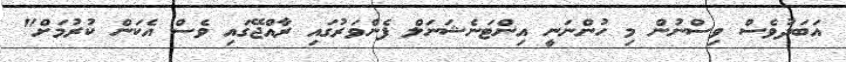
އަބަދުވެސް ވިސްނުން މި ހުންނަނީ އިންޓަނެޝަނަލް ފެންވަރުގައި ރާއްޖޭގައި ވެސް އެކަން ކުރުމަށް"